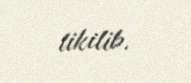
tikilib.